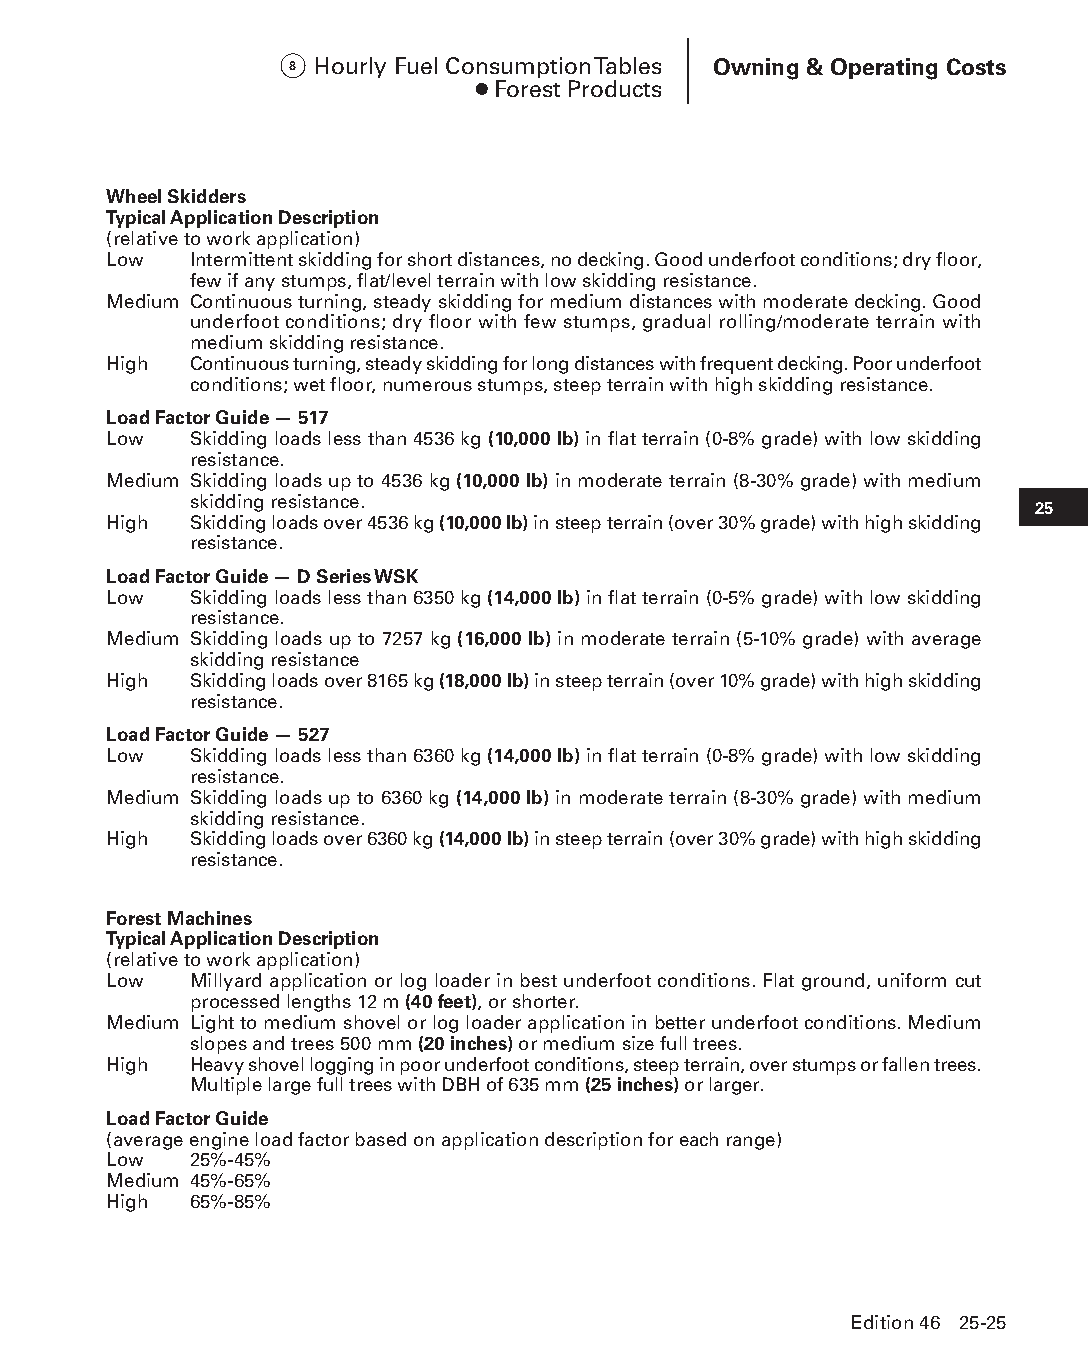
8 Hourly Fuel Consumption Tables Owning & Operating Costs
 ● Forest Products
 Wheel Skidders
 Typical Application Description
 (relative to work application)
 Low   I ntermittent skidding for short distances, no decking. Good underfoot conditions; dry floor,
 few if any stumps, flat/level terrain with low skidding resistance.
 Medium C ontinuous turning, steady skidding for medium distances with moderate decking. Good
 underfoot conditions; dry floor with few stumps, gradual rolling/moderate terrain with
 medium skidding resistance.
 High  C ontinuous turning, steady skidding for long distances with frequent decking. Poor underfoot
 conditions; wet floor, numerous stumps, steep terrain with high skidding resistance.
 Load Factor Guide — 517
 Low   S kidding loads less than 4536 kg (10,000 lb) in flat terrain (0-8% grade) with low skidding
 resistance.
 Medium S kidding loads up to 4536 kg (10,000 lb) in moderate terrain (8-30% grade) with medium
 skidding resistance.
 25
 High  S kidding loads over 4536 kg (10,000 lb) in steep terrain (over 30% grade) with high skidding
 resistance.
 Load Factor Guide — D Series WSK
 Low   S kidding loads less than 6350 kg (14,000 lb) in flat terrain (0-5% grade) with low skidding
 resistance.
 Medium S kidding loads up to 7257 kg (16,000 lb) in moderate terrain (5-10% grade) with average
 skidding resistance
 High  S kidding loads over 8165 kg (18,000 lb) in steep terrain (over 10% grade) with high skidding
 resistance.
 Load Factor Guide — 527
 Low   S kidding loads less than 6360 kg (14,000 lb) in flat terrain (0-8% grade) with low skidding
 resistance.
 Medium S kidding loads up to 6360 kg (14,000 lb) in moderate terrain (8-30% grade) with medium
 skidding resistance.
 High  S kidding loads over 6360 kg (14,000 lb) in steep terrain (over 30% grade) with high skidding
 resistance.
 Forest Machines
 Typical Application Description
 (relative to work application)
 Low   M illyard application or log loader in best underfoot conditions. Flat ground, uniform cut
 processed lengths 12 m (40 feet), or shorter.
 Medium L ight to medium shovel or log loader application in better underfoot conditions. Medium
 slopes and trees 500 mm (20 inches) or medium size full trees.
 High  H eavy shovel logging in poor underfoot conditions, steep terrain, over stumps or fallen trees.
 Multiple large full trees with DBH of 635 mm (25 inches) or larger.
 Load Factor Guide
 (average engine load factor based on application description for each range)
 Low   25%-45%
 Medium 45%-65%
 High  65%-85%
 Edition 46 25-25
 PPHHBB--SSeecc2255--1166..iinndddd 2255                        1122//44//1155 1111::1166 AAMM